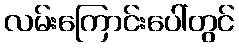
လမ်းကြောင်းပေါ်တွင်